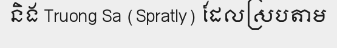
និង Truong Sa (Spratly) ដែលស្របតាម